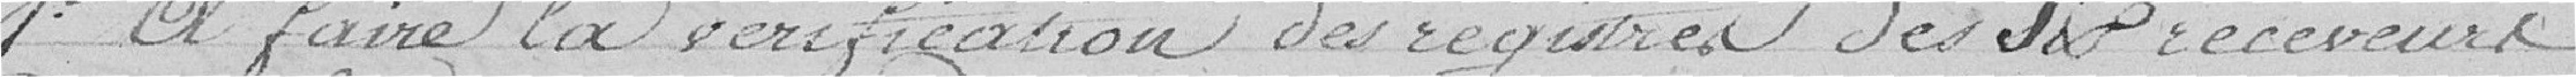
1° à faire la vérification des registres des six receveurs